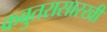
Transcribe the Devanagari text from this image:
कबुतरासारखी